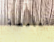
الغامضة